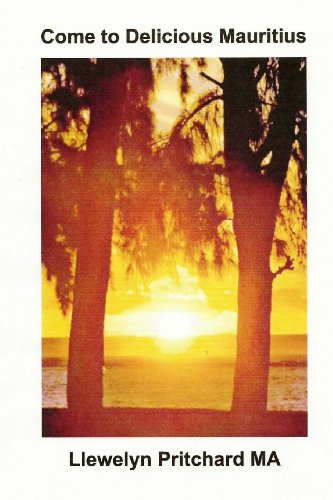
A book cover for Come to Delicious Mauritius: Relax and unwind (Photo Albums) (French Edition); Llewelyn Pritchard MA; Travel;